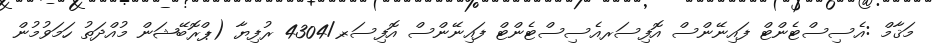
މަޤާމް :އެސިސްޓެންޓް ފައިނޭންސް އޮފިސަރއެސިސްޓެންޓް ފައިނޭންސް އޮފިސަރ-/4304 ރުފިޔާ (ޕްރޮބޭޝަން މުއްދަތު ހަމަވުމުން